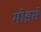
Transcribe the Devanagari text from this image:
मोइसे